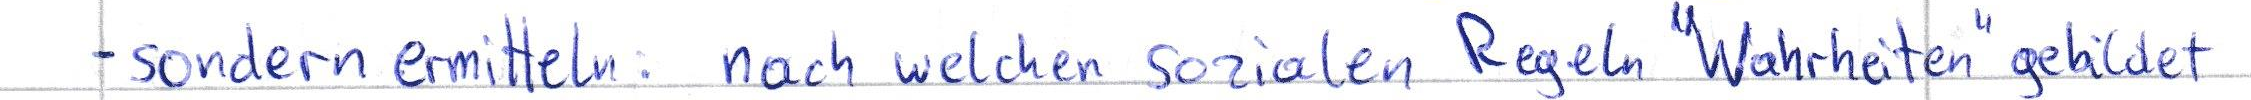
- sondern ermitteln: nach welchen sozialen Regeln "Wahrheiten" gebildet